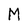
Character: M